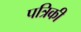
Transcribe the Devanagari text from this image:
पत्रिकी